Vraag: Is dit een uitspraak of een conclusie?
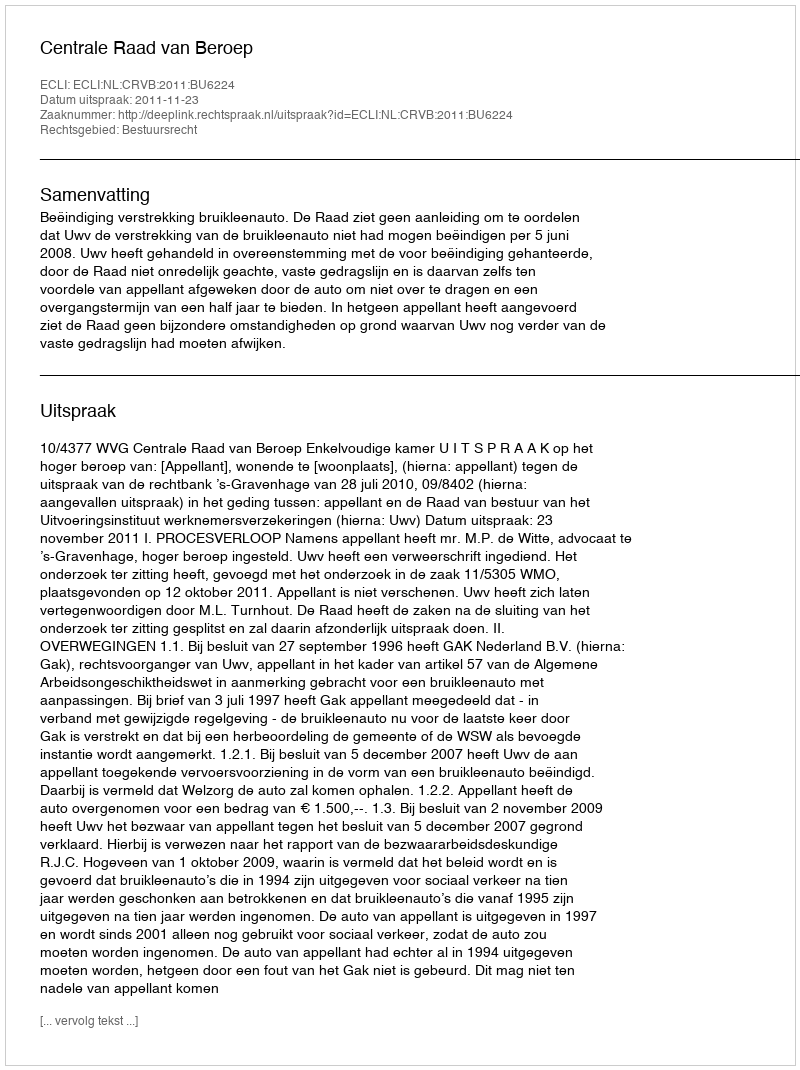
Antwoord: Uitspraak